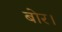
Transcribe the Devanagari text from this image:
बोर।